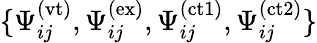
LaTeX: \{ \Psi_{ij}^{(\mathrm{vt})},\Psi_{ij}^{(\mathrm{ex})},\Psi_{ij}^{(\mathrm{ct1})},\Psi_{ij}^{(\mathrm{ct2})}\}